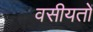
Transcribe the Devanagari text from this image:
वसीयतों